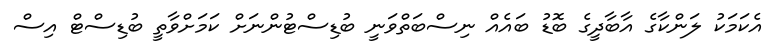
އެކަމަކު ލަންކާގެ އާބާދީގެ ބޮޑު ބައެއް ނިސްބަތްވަނީ ބުޑިސްޓުންނަށް ކަމަށްވާތީ ބުޑިސްޓް އިސް